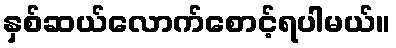
နှစ်ဆယ်လောက်စောင့်ရပါမယ်။